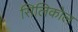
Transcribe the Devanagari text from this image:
सिलिकोल